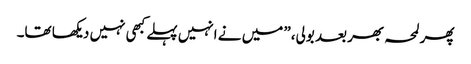
پھر لمحہ بھر بعد بولی،” میں نے انہیں پہلے کبھی نہیں دیکھا تھا۔